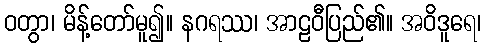
ဝတွာ၊ မိန့်တော်မူ၍။ နဂရဿ၊ အာဠဝီပြည်၏။ အဝိဒူရေ၊